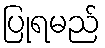
ပြုရမည်